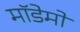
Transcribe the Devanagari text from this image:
मॉडेमों